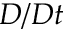
D / D t